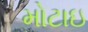
મોટાઇ